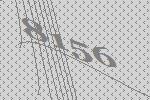
8156